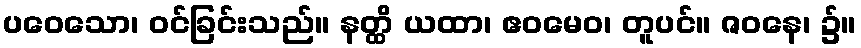
ပဝေသော၊ ဝင်ခြင်းသည်။ နတ္ထိ ယထာ၊ ဧဝမေဝ၊ တူပင်။ ဇဝနေ၊ ၌။